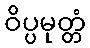
ဝိပ္ပမုတ္တံ